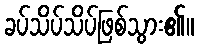
ခပ်သိပ်သိပ်ဖြစ်သွား၏။